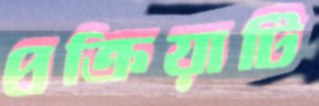
প্রক্রিয়াটি